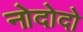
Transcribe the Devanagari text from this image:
नोदोदो